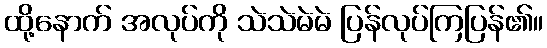
ထို့နောက် အလုပ်ကို သဲသဲမဲမဲ ပြန်လုပ်ကြပြန်၏။